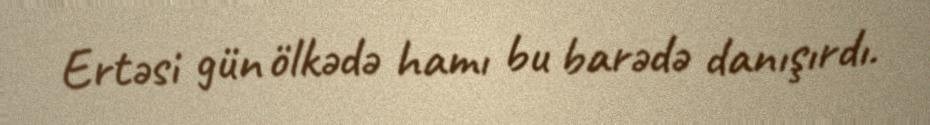
Ertəsi gün ölkədə hamı bu barədə danışırdı.